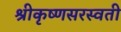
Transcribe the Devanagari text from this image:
श्रीकृष्णसरस्वती